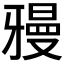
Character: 𱭧